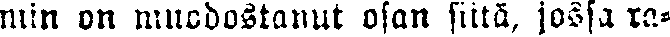
min on muodostanut osan siitä, jossa ra-